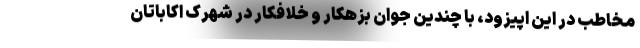
مخاطب در این اپیزود، با چندین جوان بزهکار و خلافکار در شهرک اکاباتان